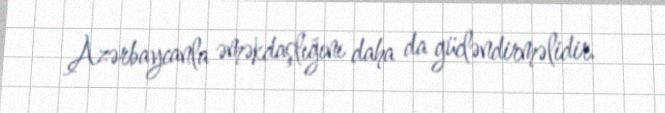
Azərbaycanla əməkdaşlığını daha da gücləndirməlidir.